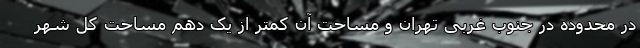
در محدوده در جنوب غربی تهران و مساحت آن کمتر از یک دهم مساحت کل شهر